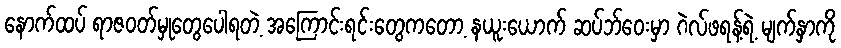
နောက်ထပ် ရာဇဝတ်မှုတွေပေါရတဲ့ အကြောင်းရင်းတွေကတော့ နယူးယောက် ဆပ်ဘ်ဝေးမှာ ဂဲလ်ဖရန့်ရဲ့ မျက်နှာကို